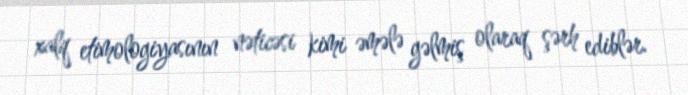
xalq etimologiyasının nəticəsi kimi əmələ gəlmiş olaraq şərh ediblər.